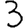
Digit: 3